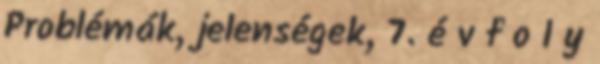
Problémák, jelenségek, 7. é v f o l y